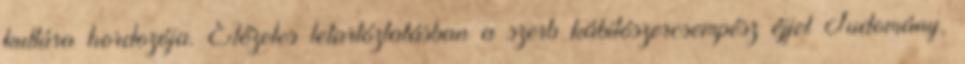
kultúra hordozója. Előzetes letartóztatásban a szerb kábítószercsempész éjjel Tudomány,